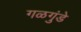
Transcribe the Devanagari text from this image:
गळगुंडे